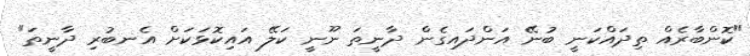
"ކޮންބާރެއް ތިދައްކަނީ ބުނޭ އަންދައިގެން ދާނީތަ ނޫނީ ކަލޭ އައިކޮޅަކަށް އެނބުރި ދާނީތަ"